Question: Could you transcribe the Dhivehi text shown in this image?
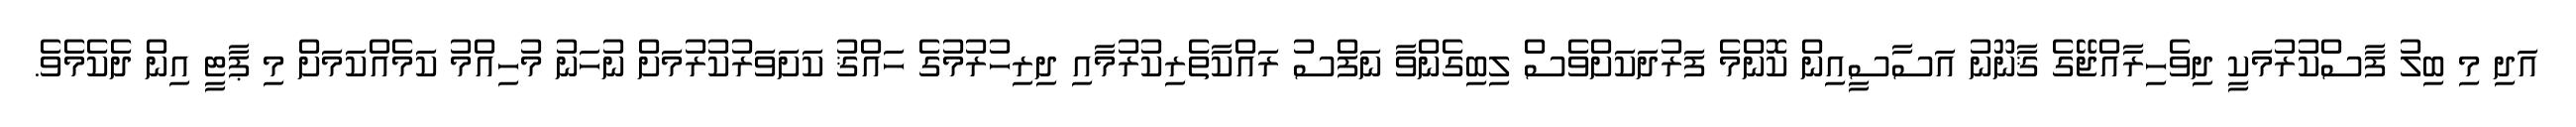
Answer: އަދި މި ބިލު ފާސްކުރުމަކީ ދިވެހިރާއްޖޭގެ ޤާނޫނު އަސާސީއިން ކޮންމެ ފަރުދަކަށްވެސް ލިބިގެންވާ ނަފްސު ރައްކާތެރިކުރުމާއި ދިރިހުރުމުގެ ހައްޤު ކަށަވަރުކުރުމަށް ނުހަނު މުހިއްމު ކަމެއްކަމަށް މި ޕާޓީ އިން ދެކެމެވެ.